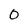
Character: 0